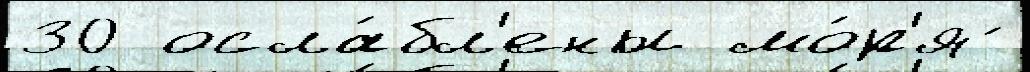
30 осла́бл'ены мо́р'я ́